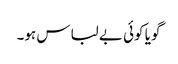
گویا کوئی بے لباس ہو۔